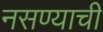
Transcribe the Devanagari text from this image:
नसण्याची